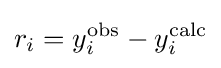
r_{i}=y_{i}^{\text{obs}}-y_{i}^{\text{calc}}